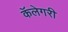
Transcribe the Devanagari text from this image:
कॅलेगरी